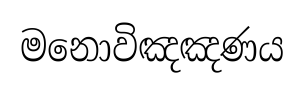
මනොවිඤඤණය